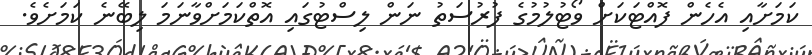
ކަމަށާއި އެހެން ފޮއްޓަކަށް ވޯޓުލުމުގެ ފުރުސަތު ނަން ލިސްޓުގައި އޮތްކަމަށްވާނަމަ ލިބޭނެ ކަމަށެވެ.